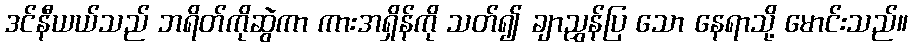
ဒင်နီယယ်သည် ဘရိတ်ကိုဆွဲကာ ကားအရှိန်ကို သတ်၍ ချာညွှန်ပြ သော နေရာသို့ မောင်းသည်။